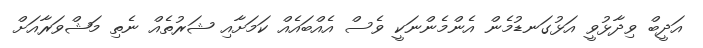
އަދީބް ވިދާޅުވީ އަޅުގަނޑުމެން އެންމެންނަކީ ވެެސް އެއްބައެއް ކަމަށާއި ޝަރުތެއް ނެތި މަޝްވަރާއަށް